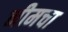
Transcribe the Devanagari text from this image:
नीमचा